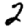
Digit: 2